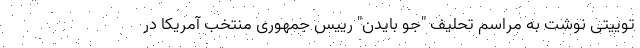
توییتی نوشت به مراسم تحلیف "جو بایدن" رییس جمهوری منتخب آمریکا در